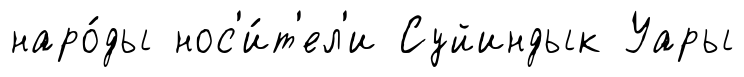
наро́ды нос'и́т'ел'и Суйиндык Уары